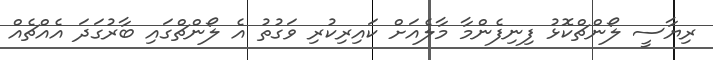
ރިޔާސީ ލޯންޗްކޮޅު ފިނިފެންމާ މާލެއަށް ކައިރިކުރި ވަގުތު އެ ލޯންޗްގައި ބާރުގަދަ އެއްޗެއް